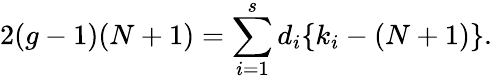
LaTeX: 2(g-1)(N+1)=\sum_{i=1}^{s}d_{i}\{ k_{i}-(N+1)\} .